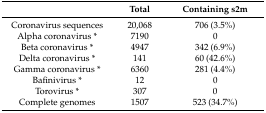
|  | Total | Containing s2m |
 | --- | --- | --- |
 | Coronavirus sequences | 20,068 | 706 (3.5%) |
 | Alpha coronavirus * | 7190 | 0 |
 | Beta coronavirus * | 4947 | 342 (6.9%) |
 | Delta coronavirus * | 141 | 60 (42.6%) |
 | Gamma coronavirus * | 6360 | 281 (4.4%) |
 | Bafinivirus * | 12 | 0 |
 | Torovirus * | 307 | 0 |
 | Complete genomes | 1507 | 523 (34.7%) |